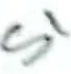
Text: S1